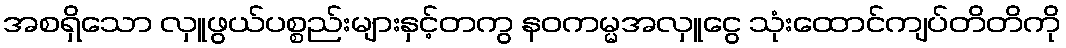
အစရှိသော လှူဖွယ်ပစ္စည်းများနှင့်တကွ နဝကမ္မအလှူငွေ သုံးထောင်ကျပ်တိတိကို